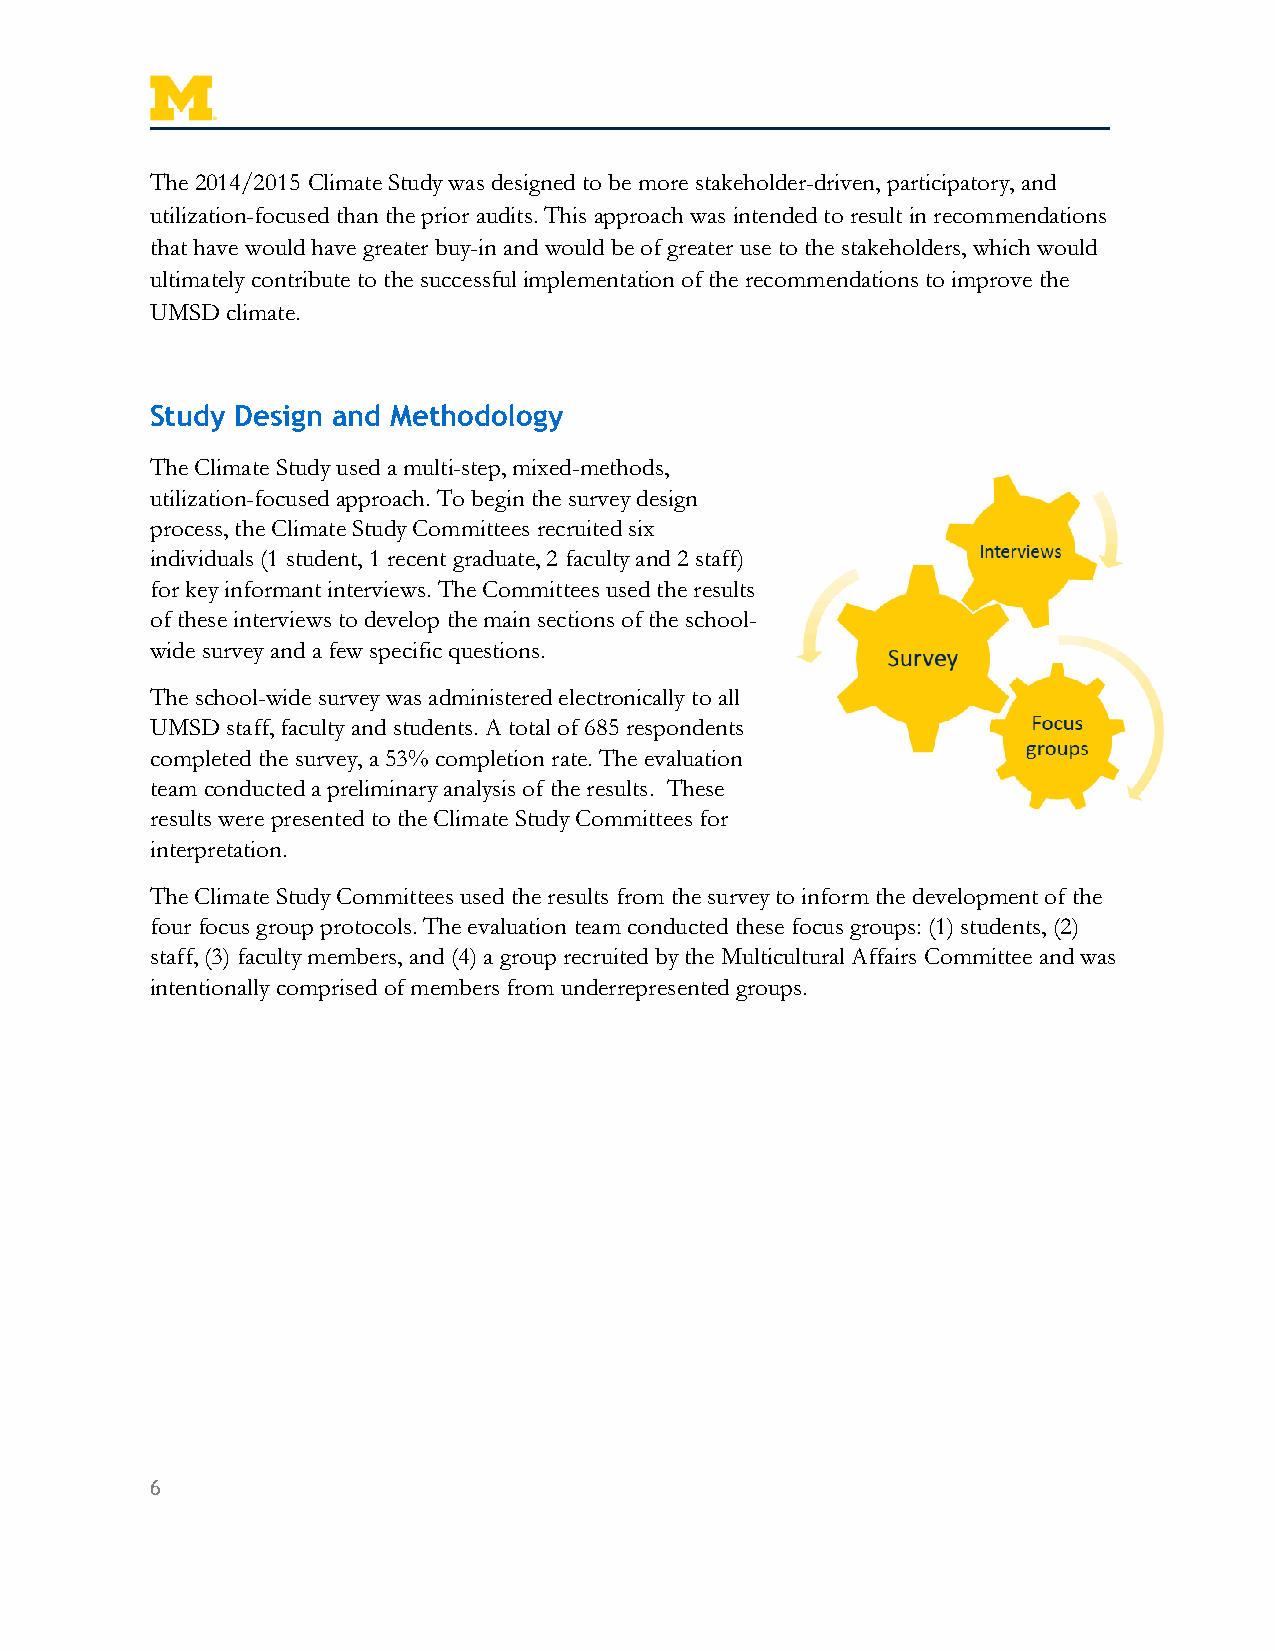
The 2014/2015 Climate Study was designed to be more stakeholder-driven, participatory, and
 utilization-focused than the prior audits. This approach was intended to result in recommendations
 that have would have greater buy-in and would be of greater use to the stakeholders, which would
 ultimately contribute to the successful implementation of the recommendations to improve the
 UMSD climate.
 Study Design and Methodology
 The Climate Study used a multi-step, mixed-methods,
 utilization-focused approach. To begin the survey design
 process, the Climate Study Committees recruited six
 individuals (1 student, 1 recent graduate, 2 faculty and 2 staff)
 for key informant interviews. The Committees used the results
 of these interviews to develop the main sections of the school-
 wide survey and a few specific questions.
 The school-wide survey was administered electronically to all
 UMSD staff, faculty and students. A total of 685 respondents
 completed the survey, a 53% completion rate. The evaluation
 team conducted a preliminary analysis of the results. These
 results were presented to the Climate Study Committees for
 interpretation.
 The Climate Study Committees used the results from the survey to inform the development of the
 four focus group protocols. The evaluation team conducted these focus groups: (1) students, (2)
 staff, (3) faculty members, and (4) a group recruited by the Multicultural Affairs Committee and was
 intentionally comprised of members from underrepresented groups.
 6